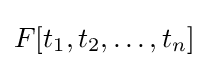
F[t_{1},t_{2},\dots ,t_{n}]